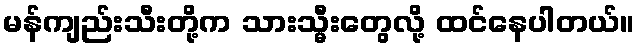
မန်ကျည်းသီးတို့က သားသ္မီးတွေလို့ ထင်နေပါတယ်။